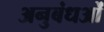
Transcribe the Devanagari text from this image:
अनुबंधओं